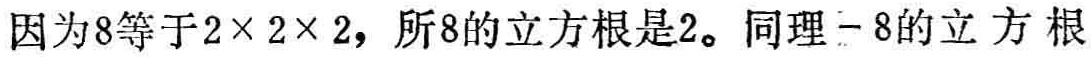
因为8等于$2\times 2\times 2$，所8的立方根是2。同理-8的立方根